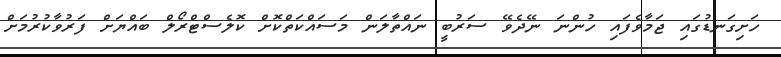
ހަށިގަނޑުގައި ޖަމާވެފައި ހުންނަ ނޭދެވޭ ސަރުބީ ނައްތާލަން މަސައްކަތްކޮށް ކޮލެސްޓްރޯލް ބައްޔަށް ފަރުވާކުރުމަށް